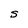
Character: S